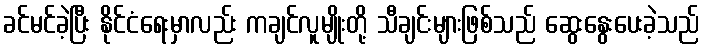
ခင်မင်ခဲ့ပြီး နိုင်ငံရေးမှာလည်း ကချင်လူမျိုးတို့ သီချင်းများဖြစ်သည် ဆွေးနွေးပေးခဲ့သည်